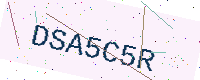
Text: DSA5C5R